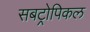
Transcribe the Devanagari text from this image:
सबट्रोपिकल